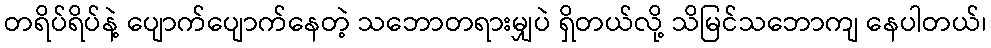
တရိပ်ရိပ်နဲ့ ပျောက်ပျောက်နေတဲ့ သဘောတရားမျှပဲ ရှိတယ်လို့ သိမြင်သဘောကျ နေပါတယ်၊